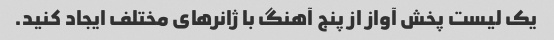
یک لیست پخش آواز از پنج آهنگ با ژانرهای مختلف ایجاد کنید.